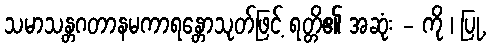
သမာသန္တဂတာနမကာရန္တောသုတ်ဖြင့် ရတ္တိ၏ အဆုံး - ကို ၊ ပြု,